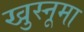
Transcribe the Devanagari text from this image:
खुस्नूमा